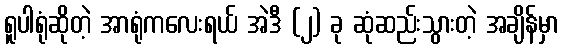
ရူပါရုံဆိုတဲ့ အာရုံကလေးရယ် အဲဒီ (၂) ခု ဆုံဆည်းသွားတဲ့ အချိန်မှာ